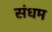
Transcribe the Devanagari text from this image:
संधम